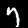
Label: 7